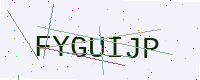
Text: FYGUIJP